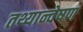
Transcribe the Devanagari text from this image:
तथ्यान्वेषण